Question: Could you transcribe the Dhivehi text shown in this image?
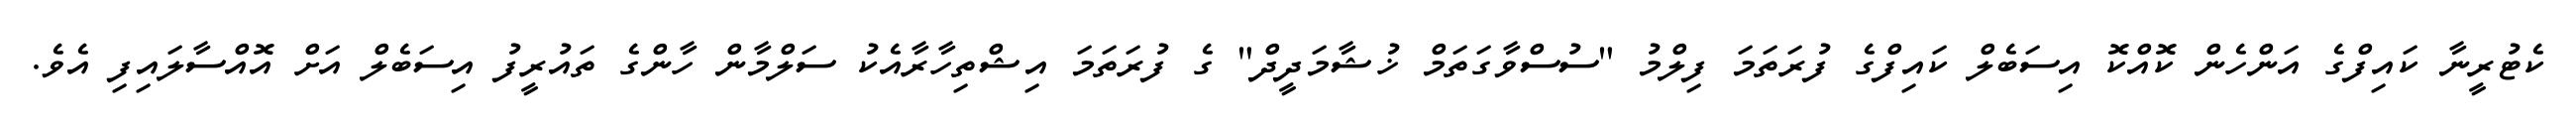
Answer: ކެޓުރީނާ ކައިފްގެ އަންހެން ކޮއްކޮ އިސަބެލް ކައިފްގެ ފުރަތަމަ ފިލްމު "ސުސްވާގަތަމް ޚުޝާމަދީދް" ގެ ފުރަތަމަ އިޝްތިހާރާއެކު ސަލްމާން ހާންގެ ތައުރީފު އިސަބެލް އަށް އޮއްސާލައިފި އެވެ.